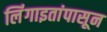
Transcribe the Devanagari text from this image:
लिंंगाइतांपासून